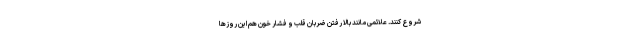
شروع کنند. علائمی مانند بالا رفتن ضربان قلب و فشار خون هم این روزها